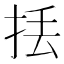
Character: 𢫻